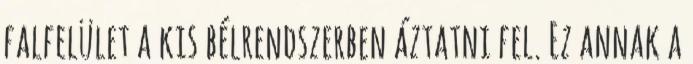
falfelület a kis bélrendszerben áztatni fel. Ez annak a